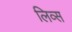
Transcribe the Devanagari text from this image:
लिव्स